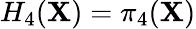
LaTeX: H_{4}(\mathbf{X})=\pi_{4}(\mathbf{X})